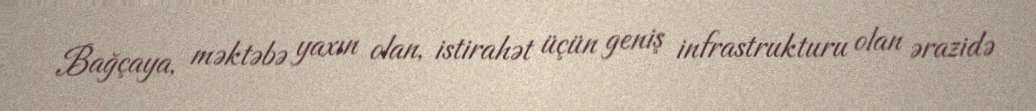
Bağçaya, məktəbə yaxın olan, istirahət üçün geniş infrastrukturu olan ərazidə